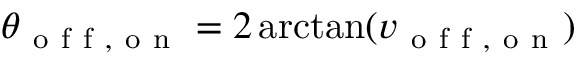
\theta _ { \mathrm { ~ o ~ f ~ f ~ , ~ o ~ n ~ } } = 2 \arctan ( v _ { \mathrm { ~ o ~ f ~ f ~ , ~ o ~ n ~ } } )